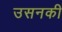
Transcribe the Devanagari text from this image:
उसनकी